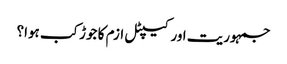
جمہوریت اور کیپٹل ازم کا جوڑ کب ہوا؟